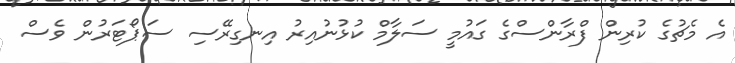
އެ މެޗުގެ ކުރިން ފްރާންސްގެ ގައުމީ ސަލާމް ކުޅުނުއިރު އިނގިރޭސި ސަޕޯޓަރުން ވެސް